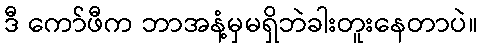
ဒီ ကော်ဖီက ဘာအနံ့မှမရှိဘဲခါးတူးနေတာပဲ။